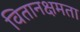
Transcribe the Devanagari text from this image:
वितानक्षमता